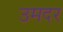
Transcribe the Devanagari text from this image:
उमदर